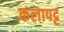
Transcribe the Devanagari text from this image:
कलापट्ट